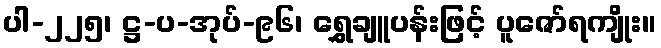
ပါ-၂၂၅၊ ဋ္ဌ-ပ-အုပ်-၉၆၊ ရွှေချူပန်းဖြင့် ပူဇော်ရကျိုး။